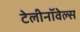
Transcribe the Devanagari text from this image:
टेलीनॉवेल्स